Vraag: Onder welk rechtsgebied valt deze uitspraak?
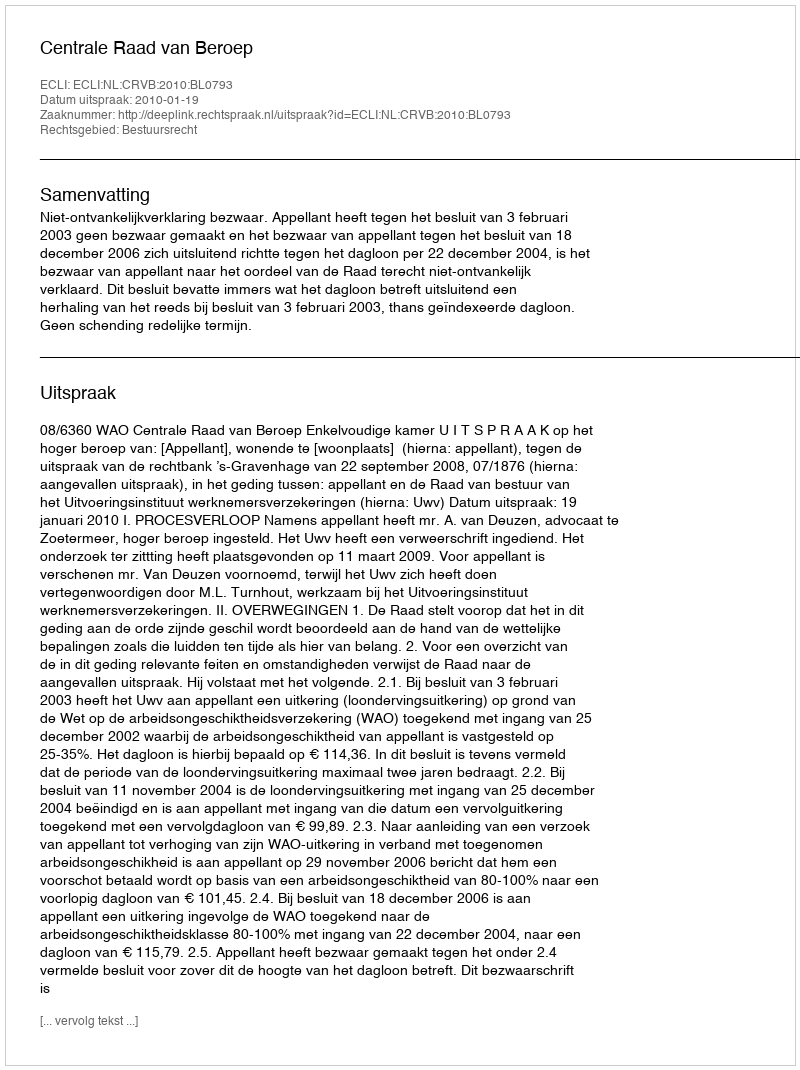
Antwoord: Bestuursrecht